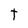
Character: t